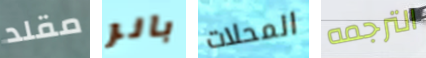
مقلد بانر المحلات الترجمه